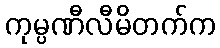
ကုမ္ပဏီလီမိတက်က